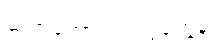
ဆရာတော်ပျံက ပွဲတွေနဲ့